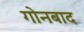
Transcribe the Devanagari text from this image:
गोनबाद